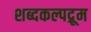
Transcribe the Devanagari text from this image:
शब्दकल्पद्रूम